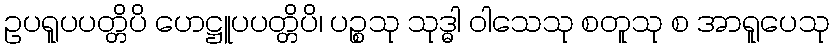
ဥပရူပပတ္တိပိ ဟေဋ္ဌူပပတ္တိပိ၊ ပဉ္စသု သုဒ္ဓါ ဝါသေသု စတူသု စ အာရူပေသု